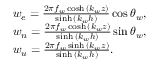
\begin{array} { r l } & { w _ { e } = \frac { 2 \pi f _ { w } \cosh { ( k _ { w } z ) } } { \sinh { ( k _ { w } h ) } } \cos { \theta _ { w } } , } \\ & { w _ { n } = \frac { 2 \pi f _ { w } \cosh { ( k _ { w } z ) } } { \sinh { ( k _ { w } h ) } } \sin { \theta _ { w } } , } \\ & { w _ { u } = \frac { 2 \pi f _ { w } \sinh { ( k _ { w } z ) } } { \sinh { ( k _ { w } h ) } } . } \end{array}